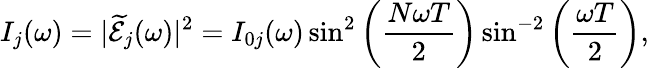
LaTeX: I_{j}(\omega)=|\mathcal{\widetilde E}_{j}(\omega)|^{2}={I}_{0j}(\omega)\sin^{2}\left(\frac{N\omega T}{2}\right)\sin^{-2}\left(\frac{\omega T}{2}\right),